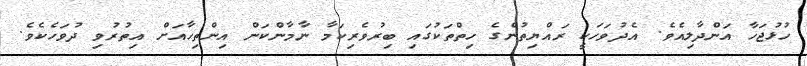
ހުޅުޖަހާ އަންދާލިއެވެ. އެދުވަހަކީ ރައްޔިތުންގެ ހިތްތަކުގައި ބިރުވެރިކަމާ ނާމާންކަން އިންތިހާއަށް އިތުރުވި ދުވަހެކެވެ.